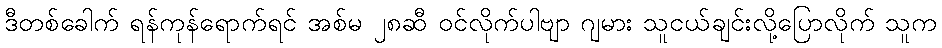
ဒီတစ်ခေါက် ရန်ကုန်ရောက်ရင် အစ်မ ၂၈ဆီ ဝင်လိုက်ပါဗျာ ဂျမား သူငယ်ချင်းလို့ပြောလိုက် သူက